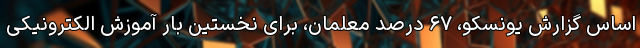
اساس گزارش یونسکو، ۶۷ درصد معلمان، برای نخستین بار آموزش الکترونیکی